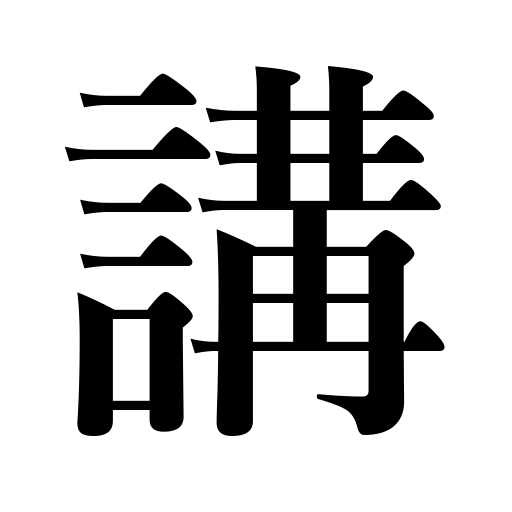
Meanings: club,association,lecture